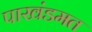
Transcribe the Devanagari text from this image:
पाखंडमत